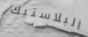
البلاستيك